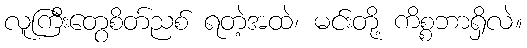
လူကြီးတွေစိတ်ညစ် ရတဲ့အထဲ၊ မင်းတို့ ကိစ္စဘာရှိလဲ။